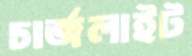
চার্জলাইট